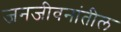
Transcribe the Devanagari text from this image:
जनजीवनांतील